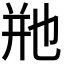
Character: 𬼩